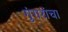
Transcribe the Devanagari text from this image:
गुंगरांचा